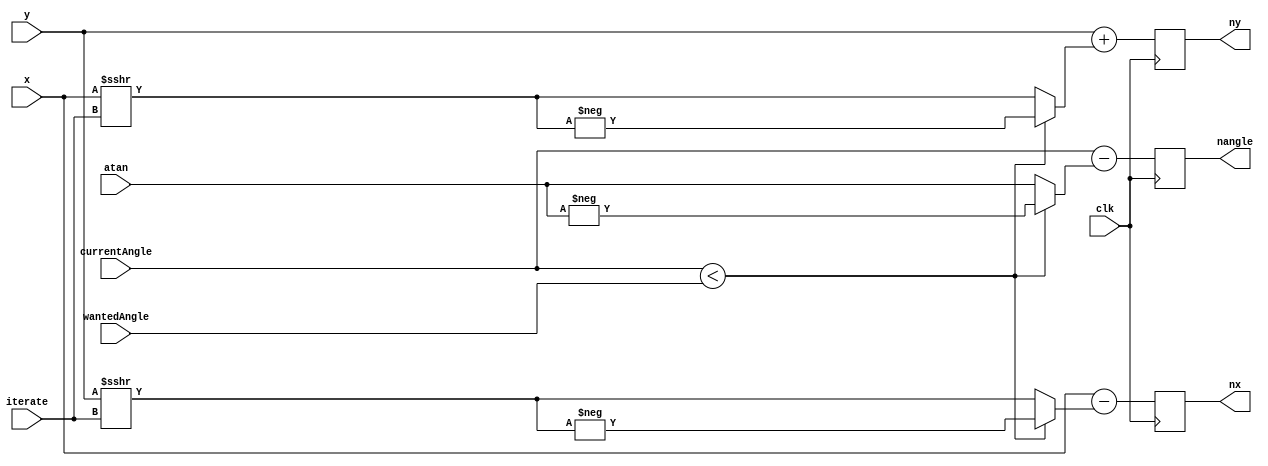
module cordic_update( input wire clk,
                      input wire signed [31:0] wantedAngle,
                      input wire [4:0] iterate,
                      input wire signed [31:0] x,
                      input wire signed [31:0] y,
                      input wire signed [31:0] currentAngle,
                      input wire signed [31:0] atan,

                      output reg signed [31:0] nx,
                      output reg signed [31:0] ny,
                      output reg signed [31:0] nangle);

                always @(posedge clk)
                begin
                      nx <= x - {dir ? -(y >>> iterate) : (y >>> iterate)};
                      ny <= y + {dir ? -(x >>> iterate) : (x >>> iterate)};
                      nangle <= currentAngle - {dir ? -atan : atan};

                end

              wire  [0:0] dir;
              assign dir = (currentAngle < wantedAngle) ;



endmodule